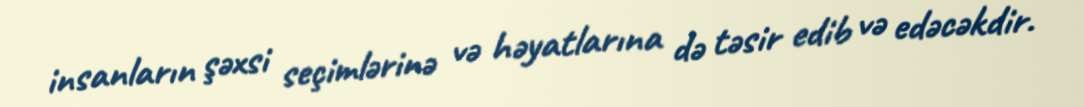
insanların şəxsi seçimlərinə və həyatlarına də təsir edib və edəcəkdir.